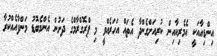
އިންޑިއާއަކީ އެމެރިކާއިން ކުރިއަށްގެންދާ އެތައް އަހަރެއްވީ މި ޕްރޮގްރާމްގެ ދަށުން އެންމެބޮޑު މަންފާއެއްކުރާ